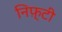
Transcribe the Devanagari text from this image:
निफ़्टी